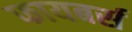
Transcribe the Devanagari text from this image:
फायबर्स